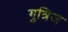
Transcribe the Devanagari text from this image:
गुत्रिज